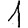
Digit: 1